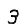
Digit: 3